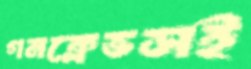
গনক্লেভসই